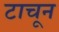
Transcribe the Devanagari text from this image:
टाचून